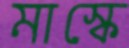
মাস্কে